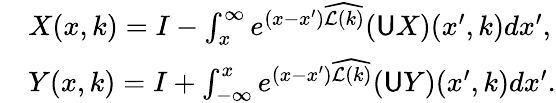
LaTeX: \begin{array}{rl}&{X(x,k)=I-\int_{x}^{\infty}e^{(x-x^{\prime})\widehat{\mathcal{L}(k)}}(\mathsf{U}X)(x^{\prime},k)dx^{\prime},}\\ &{Y(x,k)=I+\int_{-\infty}^{x}e^{(x-x^{\prime})\widehat{\mathcal{L}(k)}}(\mathsf{U}Y)(x^{\prime},k)dx^{\prime}.}\end{array}